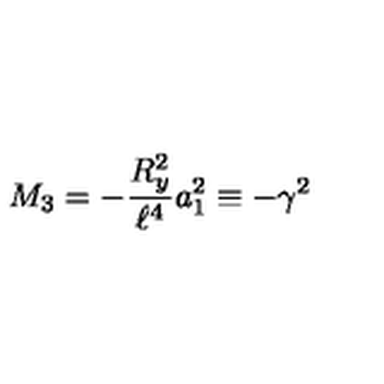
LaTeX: M _ { 3 } = - { \frac { R _ { y } ^ { 2 } } { \ell ^ { 4 } } } a _ { 1 } ^ { 2 } \equiv - \gamma ^ { 2 }